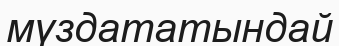
мүздататындай